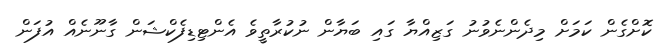
ކޮށްގެން ކަމަށް މިދެންނެވުނު ގަޒިއްޔާ ގައި ބަޔާން ނުކުރާތީވެ އެންޓިޑިފެކްޝަން ގާނޫނެއް އުފަން